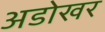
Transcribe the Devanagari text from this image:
अडोखर